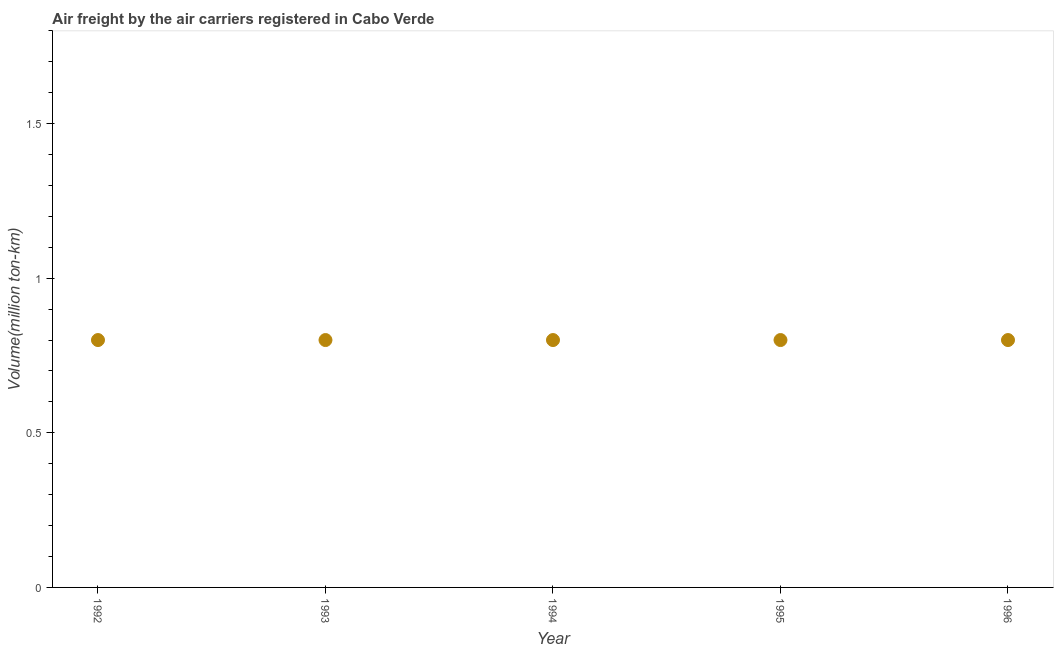
| Year | Air transport |
 | --- | --- |
 | 1992 | 0.8 |
 | 1993 | 0.8 |
 | 1994 | 0.8 |
 | 1995 | 0.8 |
 | 1996 | 0.8 |